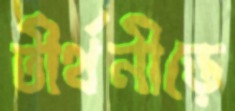
তীর্থনীড়ে